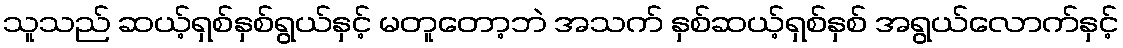
သူသည် ဆယ့်ရှစ်နှစ်ရွယ်နှင့် မတူတော့ဘဲ အသက် နှစ်ဆယ့်ရှစ်နှစ် အရွယ်လောက်နှင့်